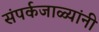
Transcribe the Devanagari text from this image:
संपर्कजाळ्यांनी